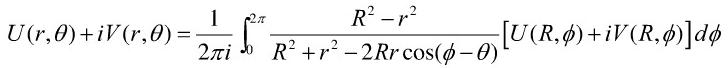
\[
U(r,\theta)+iV(r,\theta)=\frac{1}{2\pi i}\int_{0}^{2\pi}\frac{R^{2}-r^{2}}{R^{2}+r^{2}-2Rr\cos(\phi-\theta)}[U(R,\phi)+iV(R,\phi)]d\phi
\]